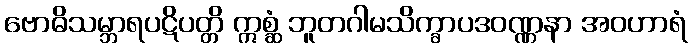
ဗောဓိသမ္ဘာရပဋိပတ္တိ ဣစ္ဆံ ဘူတဂါမသိက္ခာပဒဝဏ္ဏနာ အဝဟာရံ